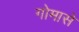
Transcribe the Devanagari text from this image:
गोमासे